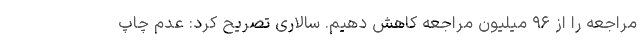
مراجعه را از ۹۶ میلیون مراجعه کاهش دهیم. سالاری تصریح کرد: عدم چاپ